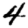
Digit: 4